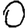
Digit: 0